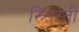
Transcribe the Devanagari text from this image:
ख्र्सिस्ती